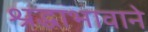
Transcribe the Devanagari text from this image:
श्रद्धाभावाने